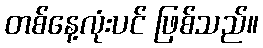
တစ်နေ့လုံးပင် ဖြစ်သည်။